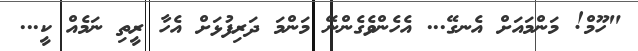
"ހޫމް! މަންމައަށް އެނގޭ... އެހެންވެގެންނޭ މަންމަ ދަރިފުޅަށް އެހާ ރީތި ނަމެއް ކީ...